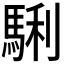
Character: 𩣫